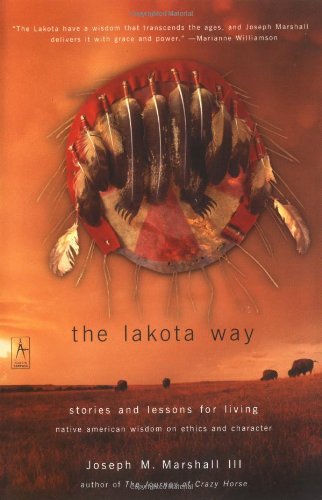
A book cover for The Lakota Way: Stories and Lessons for Living (Compass); Joseph M. Marshall III; History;